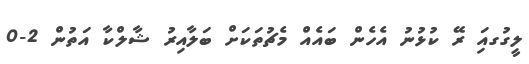
ލީގުގއަި ރޭ ކުޅުނު އެހެން ބައެއް މެޗުތަކަށް ބަލާއިރު ޝާލްކާ އަތުން 2-0